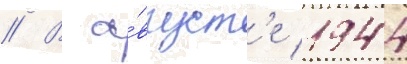
// В а́вгуст'е 1944